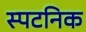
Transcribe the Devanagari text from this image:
स्पटनिक